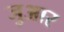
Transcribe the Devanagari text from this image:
जुआर